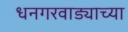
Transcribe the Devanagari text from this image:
धनगरवाड्याच्या